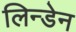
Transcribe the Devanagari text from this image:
लिन्डेन